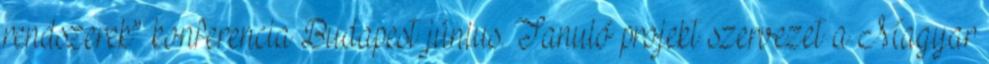
rendszerek” konferencia Budapest június. Tanuló projekt szervezet a Magyar